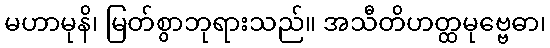
မဟာမုနိ၊ မြတ်စွာဘုရားသည်။ အသီတိဟတ္ထမုဗ္ဗေဓာ၊